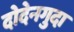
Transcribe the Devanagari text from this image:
दोदेनगुदा